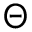
\Theta